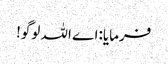
فرمایا:اے اللہ لوگو!